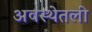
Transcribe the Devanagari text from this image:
अवस्थेतली